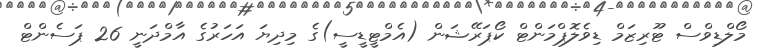
މޯލްޑިވްސް ޓޫރިޒަމް ޑިވެލޮޕްމަންޓް ކޯޕަރޭޝަން (އެމްޓީޑީސީ)ގެ މިދިޔަ އަހަރުގެ އާމްދަނީ 26 ޕަސެންޓް